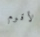
لأقوم